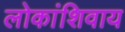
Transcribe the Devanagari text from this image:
लोकांशिवाय